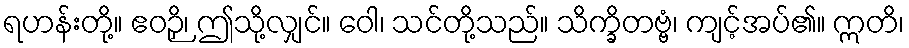
ရဟန်းတို့။ ဧဝဉှိ၊ ဤသို့လျှင်။ ဝေါ၊ သင်တို့သည်။ သိက္ခိတဗ္ဗံ၊ ကျင့်အပ်၏။ ဣတိ၊